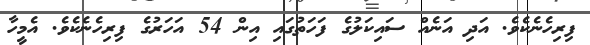
ފިރިހެނެކެވެ. އަދި އަނެއް ސައިކަލުގެ ފަހަތުގައި އިން 54 އަހަރުގެ ފިރިހެނެކެވެ. އެމީހާ